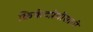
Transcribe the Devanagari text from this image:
क्रिकेटप्रेमींसाठी